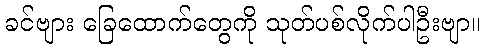
ခင်ဗျား ခြေထောက်တွေကို သုတ်ပစ်လိုက်ပါဦးဗျာ။